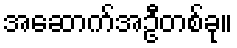
အဆောက်အဦတစ်ခု။